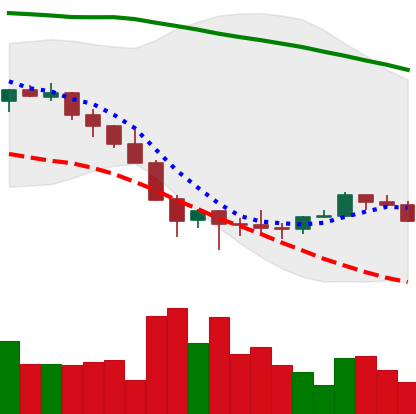
Ticker: LINK-USD
Chart end date: 2022-02-02
Forward return: 19.329%
Label: up_7plus